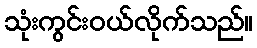
သုံးကွင်းဝယ်လိုက်သည်။